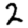
Digit: 2